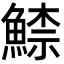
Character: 𩹟